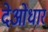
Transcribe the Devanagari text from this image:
देओधार